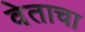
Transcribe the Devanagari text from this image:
वेताचा